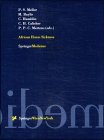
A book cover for African Horse Sickness (Archives of Virology. Supplementa); Medical Books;